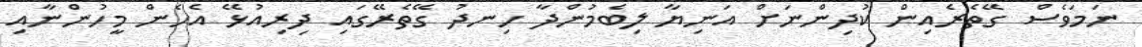
ނަމަވެސް ގޭތެރެއިން ކުދިންނަށް އަނިޔާ ލިބެމުންދާ ހިނދު ގޭތެރޭގައި ދިރިއުޅޭ އެހެން މީހުންނާއި